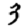
Digit: 3